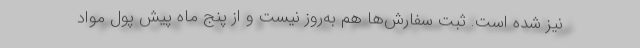
نیز شده است. ثبت سفارش‌ها هم به‌روز نیست و از پنج ماه پیش پول مواد